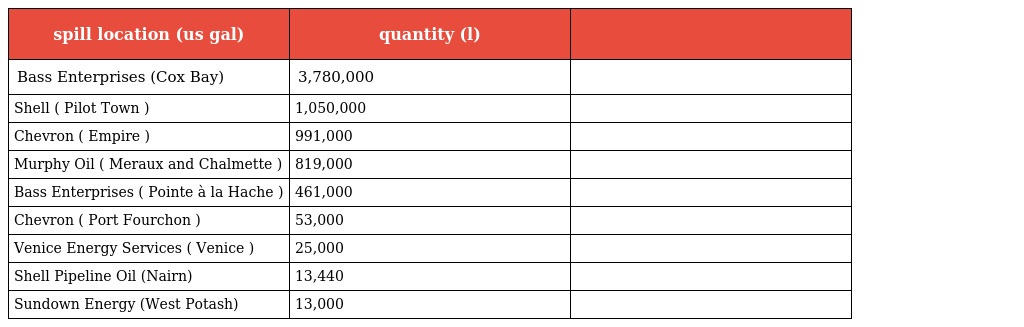
| spill location (us gal) | quantity (l) |  |
 | --- | --- | --- |
 | Bass Enterprises (Cox Bay) | 3,780,000 |  |
 | Shell ( Pilot Town ) | 1,050,000 |  |
 | Chevron ( Empire ) | 991,000 |  |
 | Murphy Oil ( Meraux and Chalmette ) | 819,000 |  |
 | Bass Enterprises ( Pointe à la Hache ) | 461,000 |  |
 | Chevron ( Port Fourchon ) | 53,000 |  |
 | Venice Energy Services ( Venice ) | 25,000 |  |
 | Shell Pipeline Oil (Nairn) | 13,440 |  |
 | Sundown Energy (West Potash) | 13,000 |  |